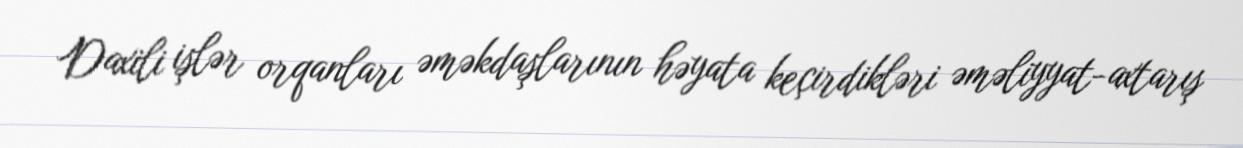
Daxili işlər orqanları əməkdaşlarının həyata keçirdikləri əməliyyat-axtarış